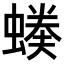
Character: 𧏉